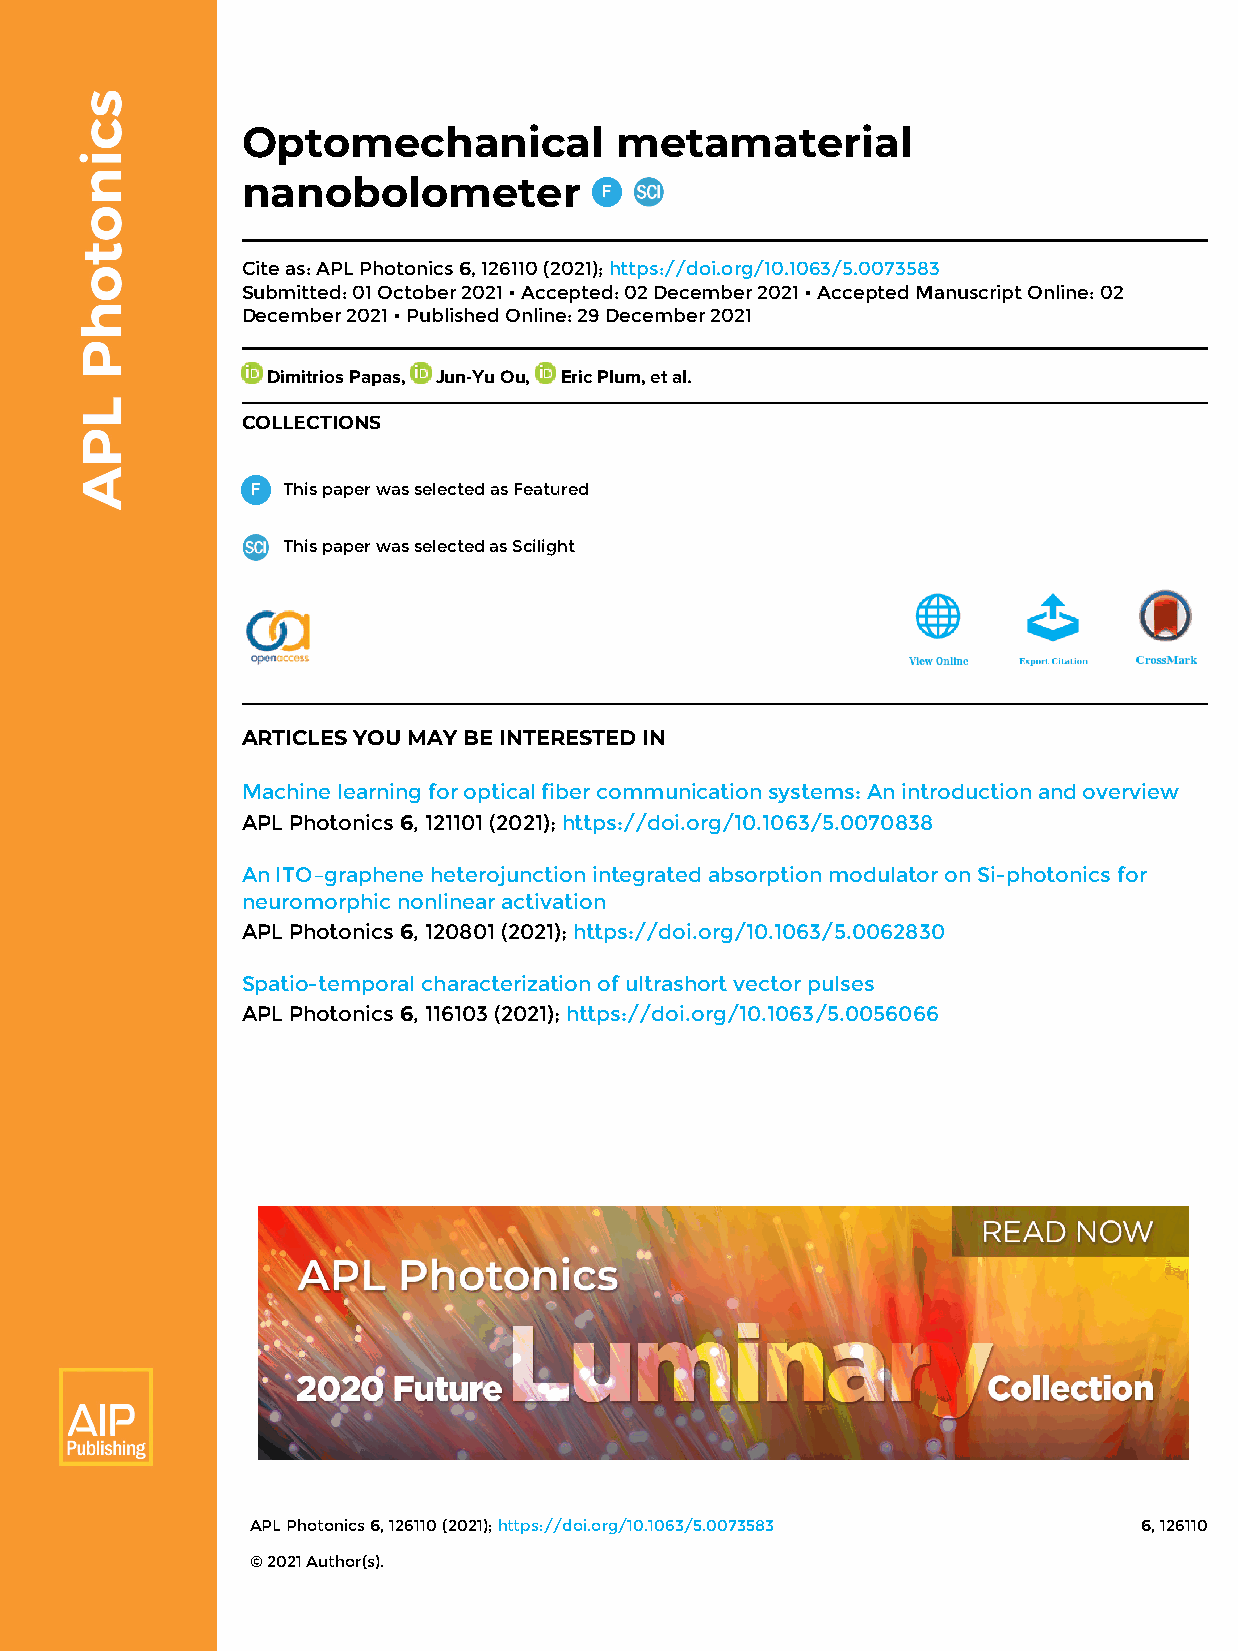
Optomechanical           metamaterial
 nanobolometer
 Cite as: APL Photonics 6, 126110 (2021); https://doi.org/10.1063/5.0073583
 Submitted: 01 October 2021 • Accepted: 02 December 2021 • Accepted Manuscript Online: 02
 December 2021 • Published Online: 29 December 2021
 Dimitrios Papas, Jun-Yu Ou, Eric Plum, et al.
 COLLECTIONS
 This paper was selected as Featured
 This paper was selected as Scilight
 ARTICLES YOU MAY BE INTERESTED IN
 Machine learning for optical fiber communication systems: An introduction and overview
 APL Photonics 6, 121101 (2021); https://doi.org/10.1063/5.0070838
 An ITO–graphene heterojunction integrated absorption modulator on Si-photonics for
 neuromorphic nonlinear activation
 APL Photonics 6, 120801 (2021); https://doi.org/10.1063/5.0062830
 Spatio-temporal characterization of ultrashort vector pulses
 APL Photonics 6, 116103 (2021); https://doi.org/10.1063/5.0056066
 APL Photonics 6, 126110 (2021); https://doi.org/10.1063/5.0073583 6, 126110
 © 2021 Author(s).